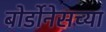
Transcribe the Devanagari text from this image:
बोर्डोनेसच्या